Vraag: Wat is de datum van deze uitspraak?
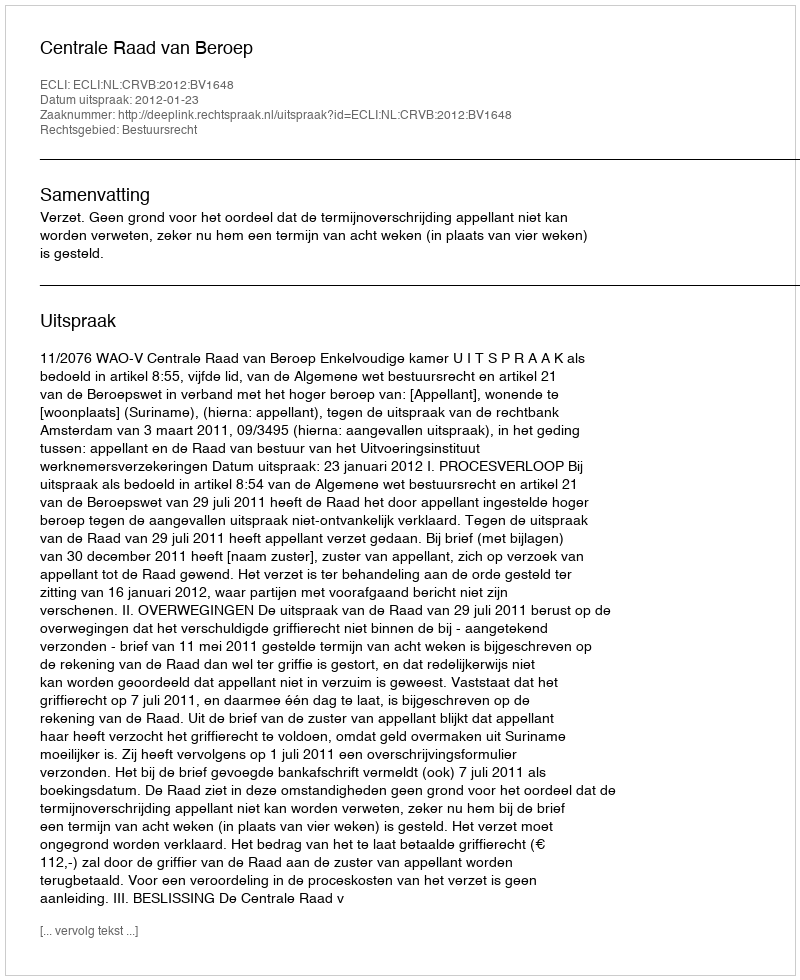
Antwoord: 2012-01-23